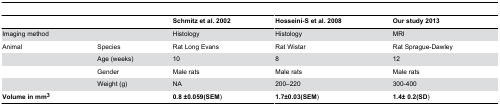
|  |  | Schmitz et al. 2002 | Hosseini-S et al. 2008 | Our study 2013 |
 | --- | --- | --- | --- | --- |
 | Imaging method |  | Histology | Histology | MRI |
 | Animal | Species | Rat Long Evans | Rat Wistar | Rat Sprague-Dawley |
 |  | Age (weeks) | 10 | 8 | 12 |
 |  | Gender | Male rats | Male rats | Male rats |
 |  | Weight (g) | NA | 200–220 | 300-400 |
 | Volume in mm3 |  | 0.8 ±0.059(SEM) | 1.7±0.03(SEM) | 1.4± 0.2(SD) |